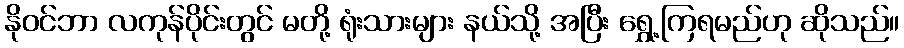
နိုဝင်ဘာ လကုန်ပိုင်းတွင် မတို့ ရုံးသားများ နယ်သို့ အပြီး ရွှေ့ကြရမည်ဟု ဆိုသည်။